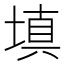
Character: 填